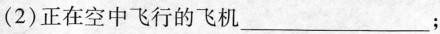
(2)正在空中飞行的飞机___；